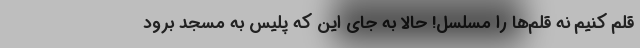
قلم کنیم نه قلم‌ها را مسلسل! حالا به جای این که پلیس به مسجد برود